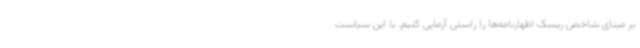
بر مبنای شاخص ریسک اظهارنامه‌ها را راستی آزمایی کنیم. با این سیاست